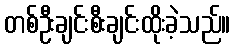
တစ်ဦးချင်းစီးချင်းထိုးခဲ့သည်။